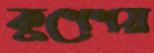
কুশেশয়